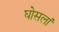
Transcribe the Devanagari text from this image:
घोसलां